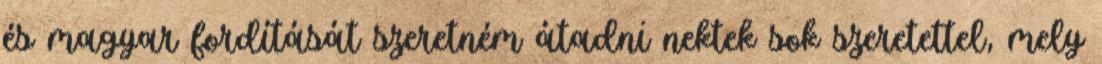
és magyar fordítását szeretném átadni nektek sok szeretettel, mely